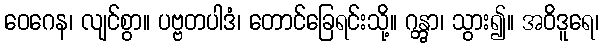
ဝေဂေန၊ လျင်စွာ။ ပဗ္ဗတပါဒံ၊ တောင်ခြေရင်းသို့။ ဂန္တွာ၊ သွား၍။ အဝိဒူရေ၊